65_HS1-834228961_62-HQ-83894_Section_5
Agency: FBI
Page 190
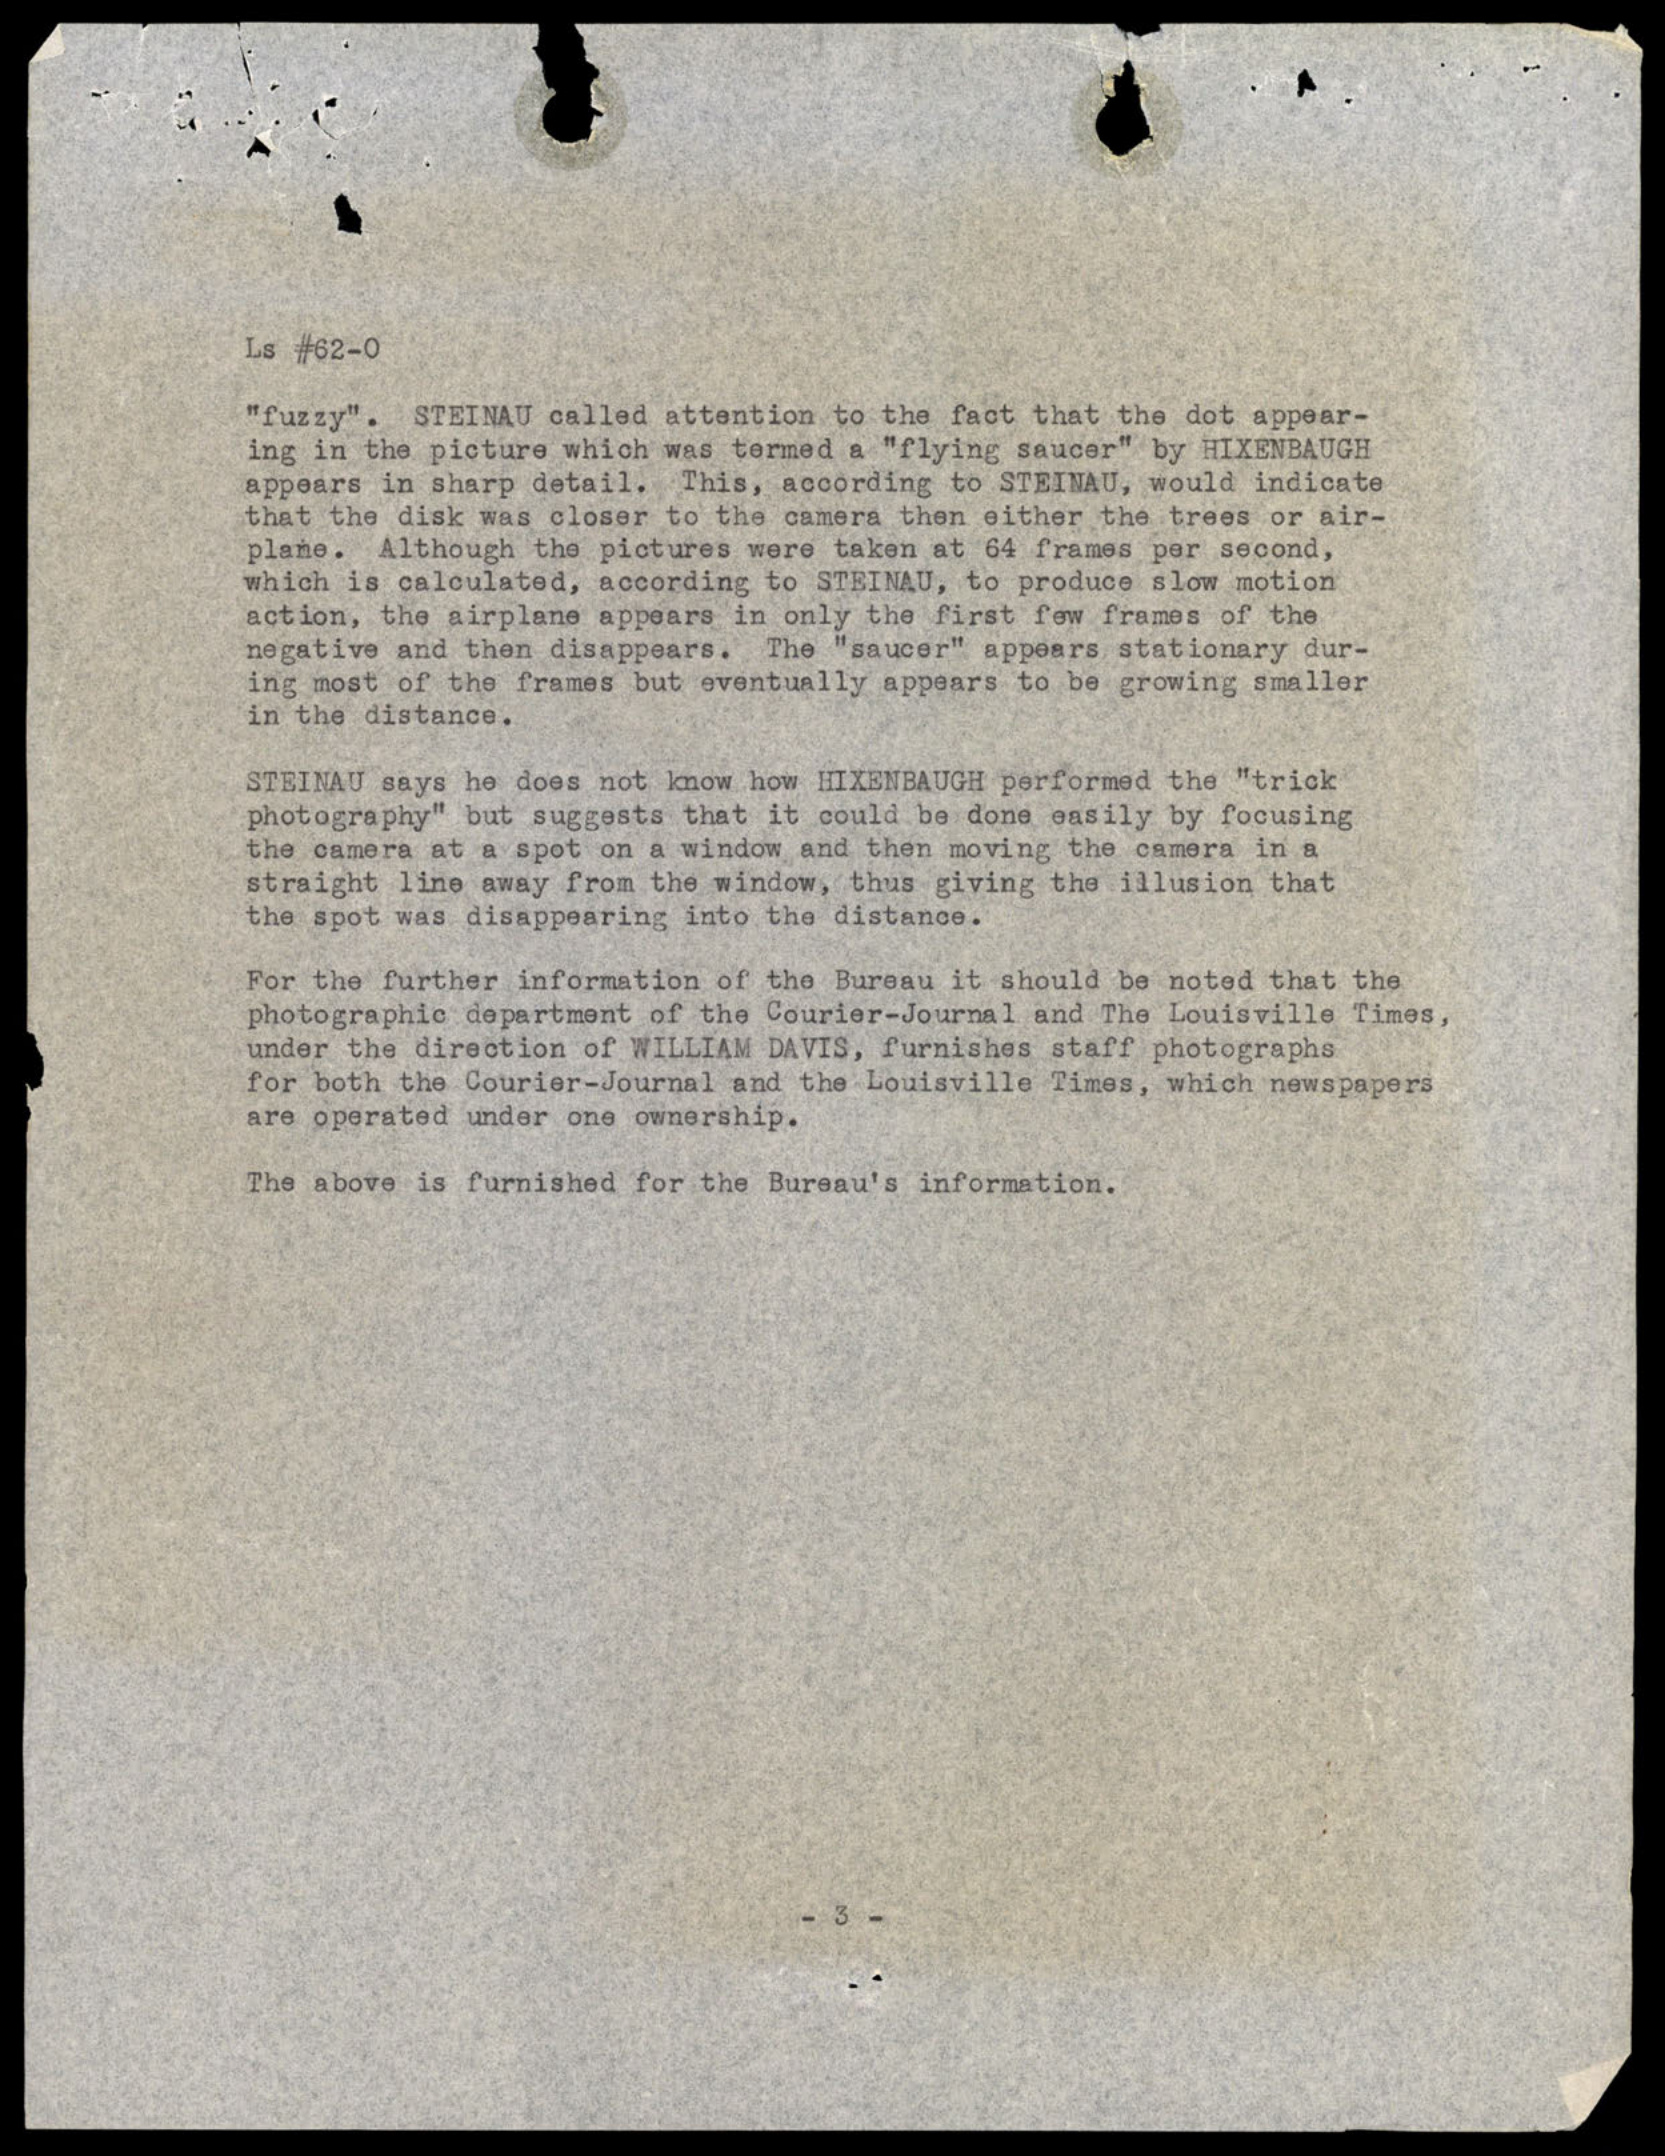